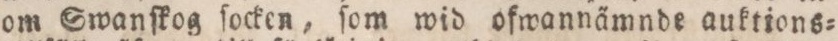
om Swanſkog ſocken, ſom wid ofwannämnde auktions=